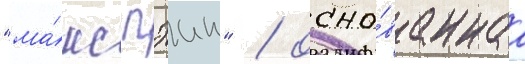
"ма́кс пэин" / осно́ваннаа